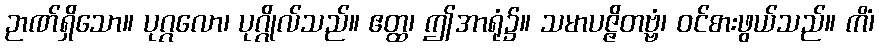
ဉာဏ်ရှိသော။ ပုဂ္ဂလော၊ ပုဂ္ဂိုလ်သည်။ ဧတ္ထ၊ ဤအာရုံ၌။ သမာပဇ္ဇိတဗ္ဗံ၊ ဝင်စားဖွယ်သည်။ ကိံ၊